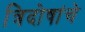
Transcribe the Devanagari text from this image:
त्रिदोषांचे